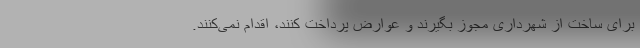
برای ساخت از شهرداری مجوز بگیرند و عوارض پرداخت کنند، اقدام نمی‌کنند.